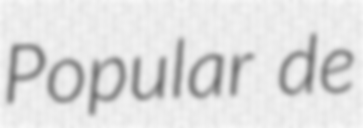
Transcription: Popular de